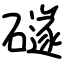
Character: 礈